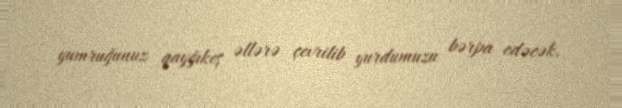
yumruğunuz qayğıkeş əllərə çevrilib yurdumuzu bərpa edəcək.